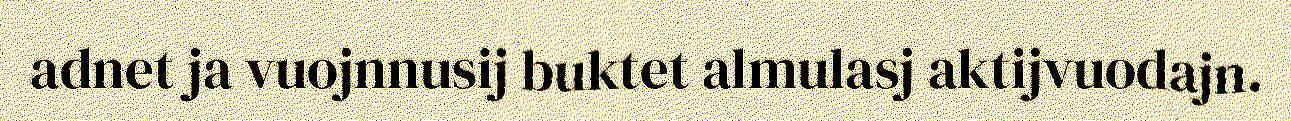
adnet ja vuojnnusij buktet almulasj aktijvuodajn.